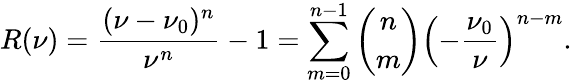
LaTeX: R(\nu)=\frac{(\nu-\nu_{0})^{n}}{\nu^{n}}-1=\sum_{m=0}^{n-1}\binom{n}{m}\left(-\frac{\nu_{0}}{\nu}\right)^{n-m}.